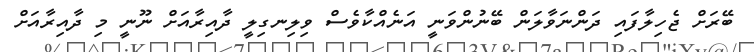
ބޭރަށް ޖެހިލާފައި ދަންނަވާލަން ބޭނުންވަނީ އަނެއްކާވެސް ވިލިނގިލީ ދާއިރާއަށް ނޫނީ މި ދާއިރާއަށް